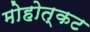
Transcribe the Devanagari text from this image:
मोहोत्कट